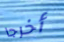
أخرجا